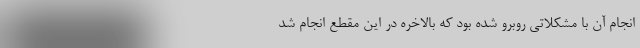
انجام آن با مشکلاتی روبرو شده بود که بالاخره در این مقطع انجام شد